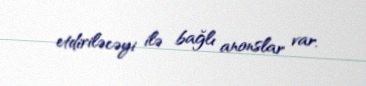
etdiriləcəyi ilə bağlı anonslar var.